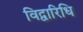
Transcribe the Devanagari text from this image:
विद्वारिधि